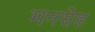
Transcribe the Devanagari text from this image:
मनसेह